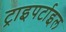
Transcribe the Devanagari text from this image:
ट्राइपर्टाइल